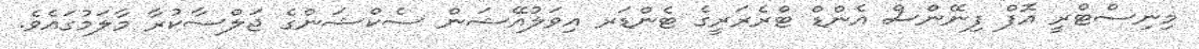
މިނިސްޓްރީ އޮފް ފިނޭންސް އެންޑް ޓްރެޜަރީގެ ޓެންޑަރ އިވަލުއޭޝަން ސެކްޝަންގެ ޖަލްސާކުރާ މާލަމުގައެވެ.